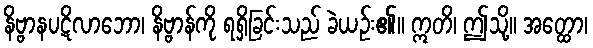
နိဗ္ဗာနပဋိလာဘော၊ နိဗ္ဗာန်ကို ရရှိခြင်းသည် ခဲယဉ်း၏။ ဣတိ၊ ဤသို့။ အတ္ထော၊